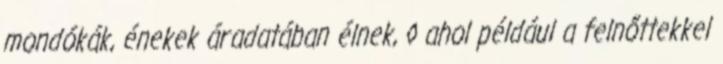
mondókák, énekek áradatában élnek, ◊ ahol például a felnőttekkel